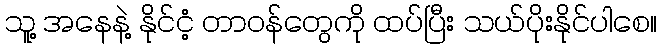
သူ့ အနေနဲ့ နိုင်ငံ့ တာဝန်တွေကို ထပ်ပြီး သယ်ပိုးနိုင်ပါစေ။